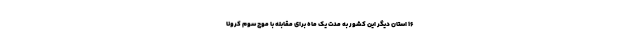
۱۶ استان دیگر این کشور به مدت یک ماه برای مقابله با موج سوم کرونا